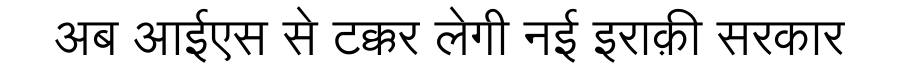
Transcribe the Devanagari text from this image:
अब आईएस से टक्कर लेगी नई इराक़ी सरकार